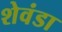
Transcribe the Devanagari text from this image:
शेवंडा